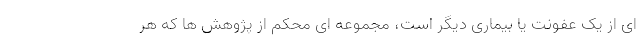
ای از یک عفونت یا بیماری دیگر است، مجموعه ای محکم از پژوهش ها که هر